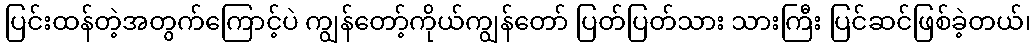
ပြင်းထန်တဲ့အတွက်ကြောင့်ပဲ ကျွန်တော့်ကိုယ်ကျွန်တော် ပြတ်ပြတ်သား သားကြီး ပြင်ဆင်ဖြစ်ခဲ့တယ်၊